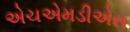
એચએમડીએસ